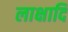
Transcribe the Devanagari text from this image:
लाक्षादि